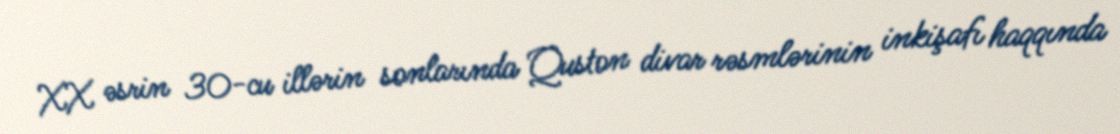
XX əsrin 30-cu illərin sonlarında Quston divar rəsmlərinin inkişafı haqqında